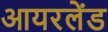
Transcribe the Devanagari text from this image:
आयरलेंड